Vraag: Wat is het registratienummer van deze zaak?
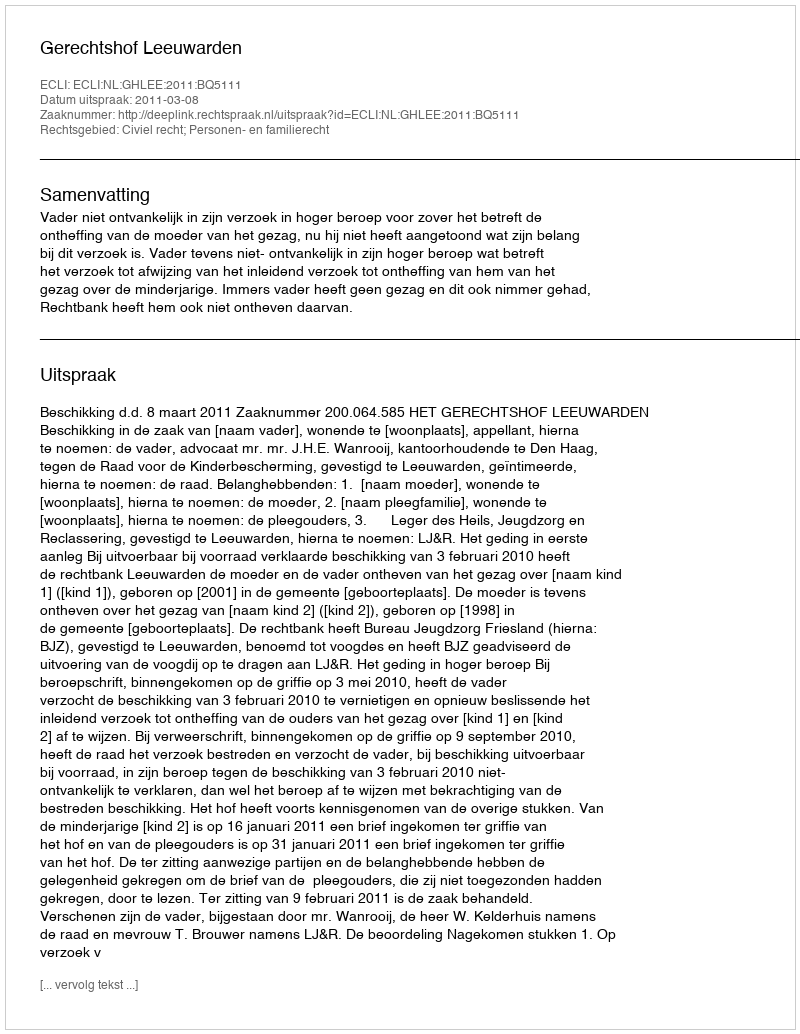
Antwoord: http://deeplink.rechtspraak.nl/uitspraak?id=ECLI:NL:GHLEE:2011:BQ5111